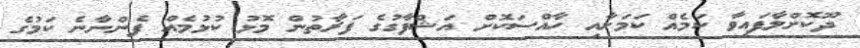
ދޫކޮށްލާފައިވާ ކަމެއް ކަމަށާއި ހާއްސަކޮށް އަޝްފާގުގެ ފަރާތުން މޮޅު ކުޅުމެއް ފެންނާނެ ކަމުގެ